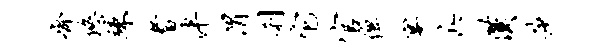
齐悠竦耆泮渭刹它官俾宴兵汉莎